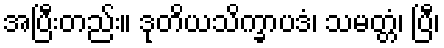
အပြီးတည်း။ ဒုတိယသိက္ခာပဒံ၊ သမတ္တံ၊ ပြီ၊